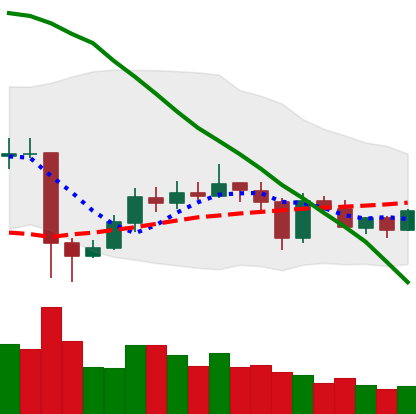
Ticker: EOS-USD
Chart end date: 2020-05-27
Forward return: 9.803%
Label: up_7plus